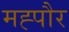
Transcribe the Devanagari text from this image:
मह्पौर